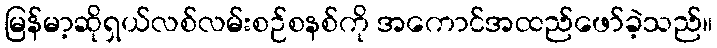
မြန်မာ့ဆိုရှယ်လစ်လမ်းစဉ်စနစ်ကို အကောင်အထည်ဖော်ခဲ့သည်။